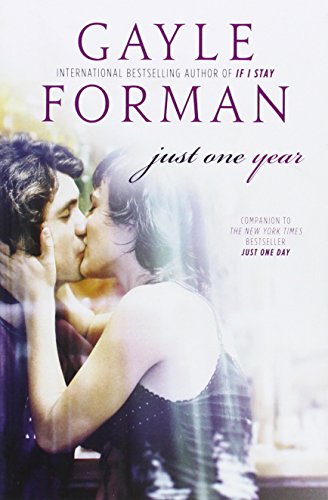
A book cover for Just One Year; Gayle Forman; Teen & Young Adult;